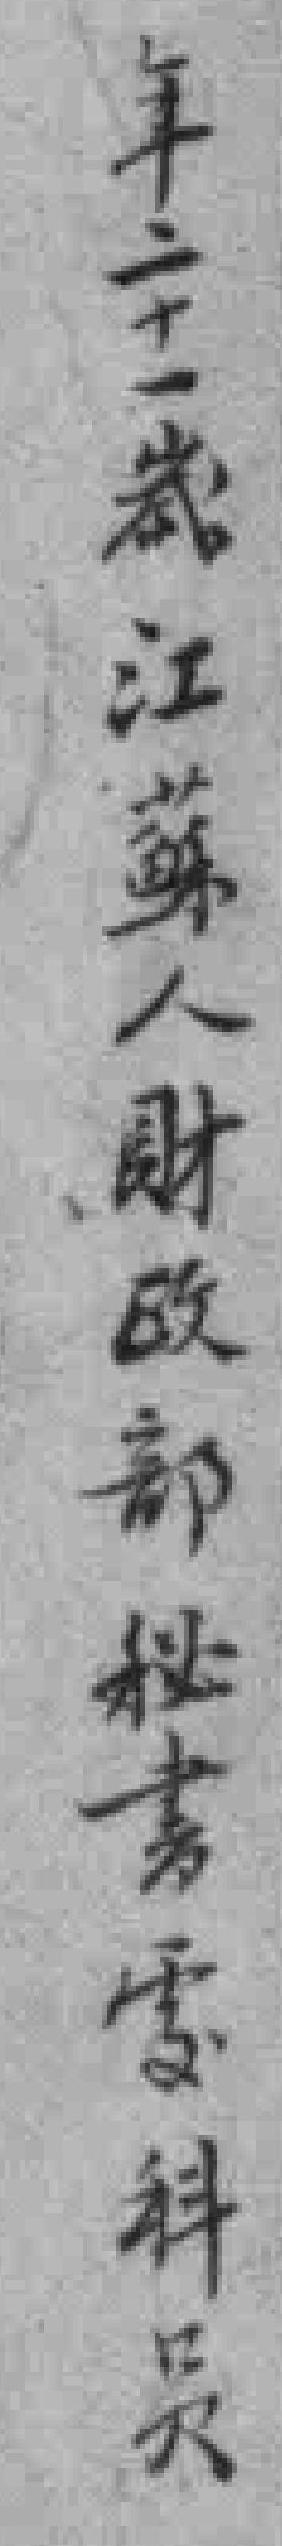
年二十一歲江蘇人財政部秘書處科员